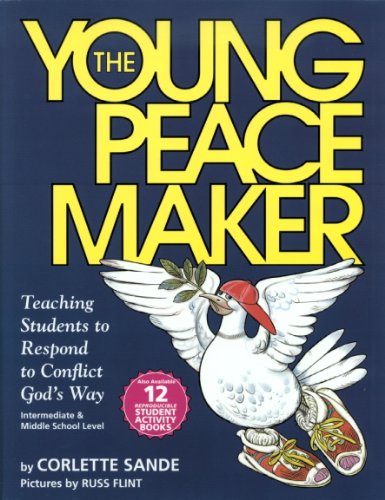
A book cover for The Young Peacemaker (Book Set); Corlette Sande; Politics & Social Sciences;